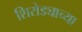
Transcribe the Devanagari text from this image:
शिरोड्याच्या